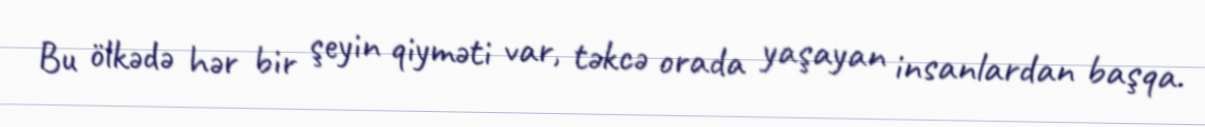
Bu ölkədə hər bir şeyin qiyməti var, təkcə orada yaşayan insanlardan başqa.